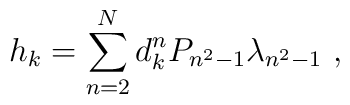
{h}_{k} = \sum_{n=2}^N d_{k}^n P_{n^2-1} \lambda_{n^2-1} \ ,